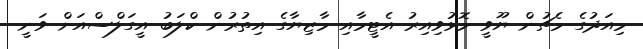
މިއަދުގެ މެޗުން ޔޫވީ މޮޅުވިއިރު އެޓީމާއި މާޒިޔާގެ އިތުރުން ކްލަބު އީގަލްސްއަށް ވަނީ